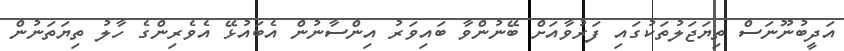
އަދީބުނޫނަސް ތިޔަޖަލުތަކުގައި ފަރުވާއަށް ބޭނުންވާ ބައިވަރު އިންސާނުން އެބައުޅޭ އެވެރިންގެ ހާލު ތިޔަތަނުން